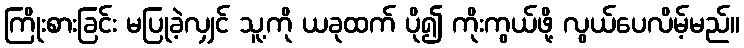
ကြိုးစားခြင်း မပြုခဲ့လျှင် သူ့ကို ယခုထက် ပို၍ ကိုးကွယ်ဖို့ လွယ်ပေလိမ့်မည်။